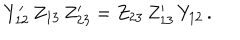
Y _ { 1 2 } ^ { \prime } \, Z _ { 1 3 } \, Z _ { 2 3 } ^ { \prime } = Z _ { 2 3 } \, Z _ { 1 3 } ^ { \prime } \, Y _ { 1 2 } \, .